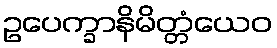
ဥပေက္ခာနိမိတ္တံယေဝ